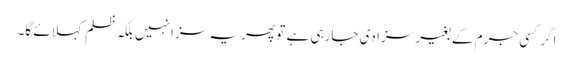
اگر کسی جرم کے بغیر سزا دی جارہی ہے تو پھر یہ سزا نہیں بلکہ ظلم کہلائے گا۔